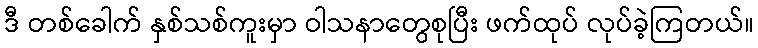
ဒီ တစ်ခေါက် နှစ်သစ်ကူးမှာ ဝါသနာတွေစုပြီး ဖက်ထုပ် လုပ်ခဲ့ကြတယ်။